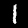
Digit: 1